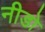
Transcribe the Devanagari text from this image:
नीडो